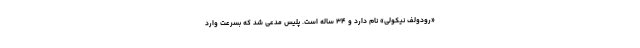
«رودولف نیکولی» نام دارد و ۳۴ ساله است. پلیس مدعی شد که بسرعت وارد